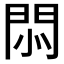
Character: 𢛩